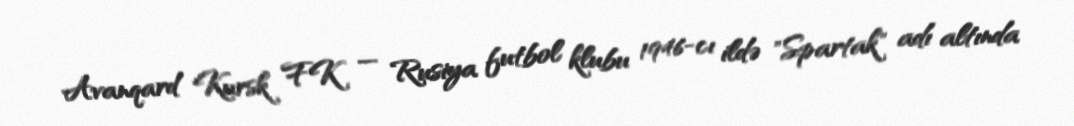
Avanqard Kursk FK — Rusiya futbol klubu 1946-cı ildə "Spartak" adı altında